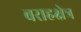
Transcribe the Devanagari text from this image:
बराहक्षेत्र